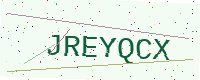
Text: JREYQCX